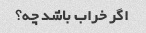
اگر خراب باشد چه؟